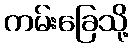
ကမ်းခြေသို့